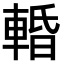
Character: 𨌲